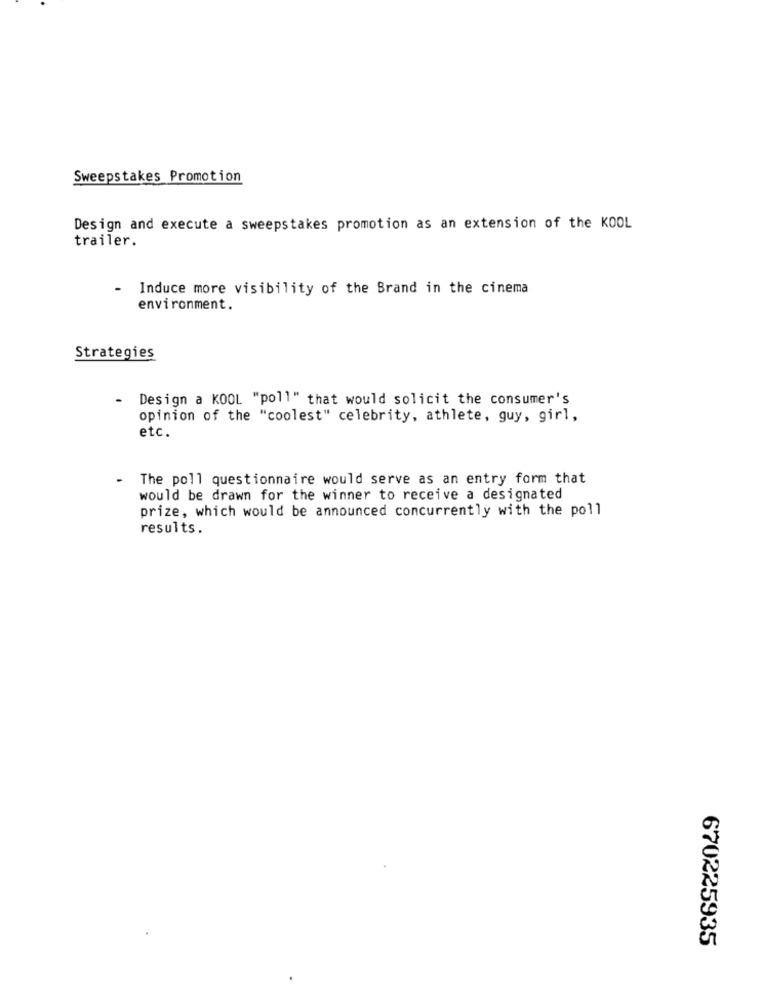
Sweepstakes Promotion
Design and execute a sweepstakes promotion as an extension of the KOOL
trailer.
-
Induce more visibility of the Brand in the cinema
environment.
Strategies
- Design a KOOL "poll" that would solicit the consumer's
opinion of the "coolest" celebrity, athlete, guy, girl,
etc.
- The poll questionnaire would serve as an entry form that
would be drawn for the winner to receive a designated
prize, which would be announced concurrently with the poll
results.
670225935